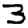
Digit: 3